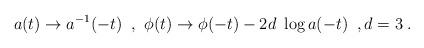
LaTeX: \begin{align*}a(t) \rightarrow a^{-1}(-t) \;\; ,~ \phi(t) \rightarrow \phi(-t) - 2 d ~ \log a(-t) \;\;,d=3 \; .\end{align*}